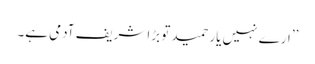
’’ارے نہیں یار حمید تو بڑا شریف آدمی ہے۔